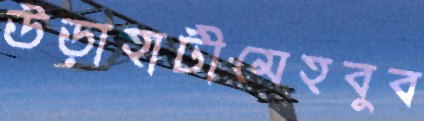
উড়াহাটীমেহবুব